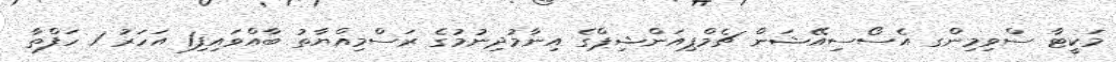
މަކީޓާ ސްވިމިންގ އެސޯސިއޭޝަން ޗެމްޕިއަންޝިޕްގެ އިނާމުދިނުމުގެ ރަސްމިއްޔާތު ބާއްވައިފި1 އަހަރު 1 ހަފްތާ